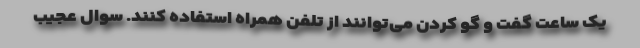
یک ساعت گفت و گو کردن می‌توانند از تلفن همراه استفاده کنند. سوال عجیب